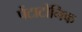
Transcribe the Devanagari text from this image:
पेंटाटोनिक